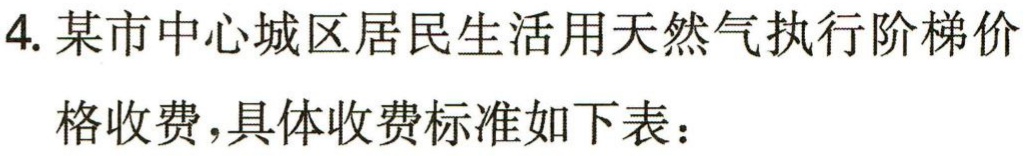
4. 某市中心城区居民生活用天然气执行阶梯价

格收费，具体收费标准如下表：